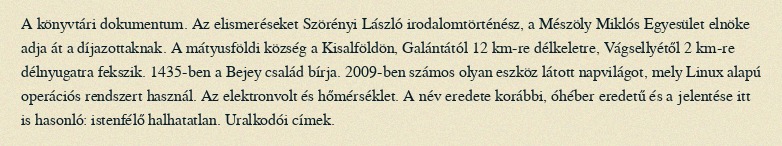
A könyvtári dokumentum. Az elismeréseket Szörényi László irodalomtörténész, a Mészöly Miklós Egyesület elnöke adja át a díjazottaknak. A mátyusföldi község a Kisalföldön, Galántától 12 km-re délkeletre, Vágsellyétől 2 km-re délnyugatra fekszik. 1435-ben a Bejey család bírja. 2009-ben számos olyan eszköz látott napvilágot, mely Linux alapú operációs rendszert használ. Az elektronvolt és hőmérséklet. A név eredete korábbi, óhéber eredetű és a jelentése itt is hasonló: istenfélő halhatatlan. Uralkodói címek.